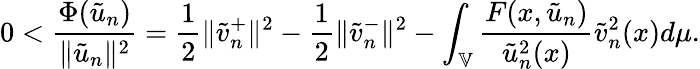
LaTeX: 0<\frac{\Phi(\tilde{u}_{n})}{\| \tilde{u}_{n}\| ^{2}}=\frac{1}{2}\| \tilde{v}_{n}^{+}\| ^{2}-\frac{1}{2}\| \tilde{v}_{n}^{-}\| ^{2}-\int_{\mathbb{V}}\frac{F(x,\tilde{u}_{n})}{\tilde{u}_{n}^{2}(x)}\tilde{v}_{n}^{2}(x)d\mu.